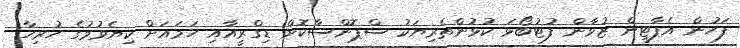
ފަހުން އެޕާޓީން ޒުވާން ފުޓުބޯޅަ ކުޅުންތެރިޔަކު ސްޕޮންސާކޮށް ޑިގްރީއާއި ހަމައަށް ކިޔެވުމުގެ ހުރިހާ